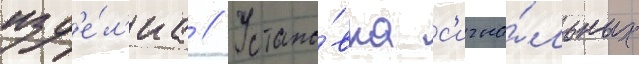
изд'е́л'иа // Устано́вка с'игна́льных